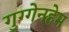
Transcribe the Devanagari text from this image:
गुग्गेनहेम